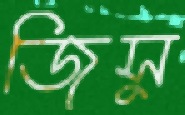
জিসু